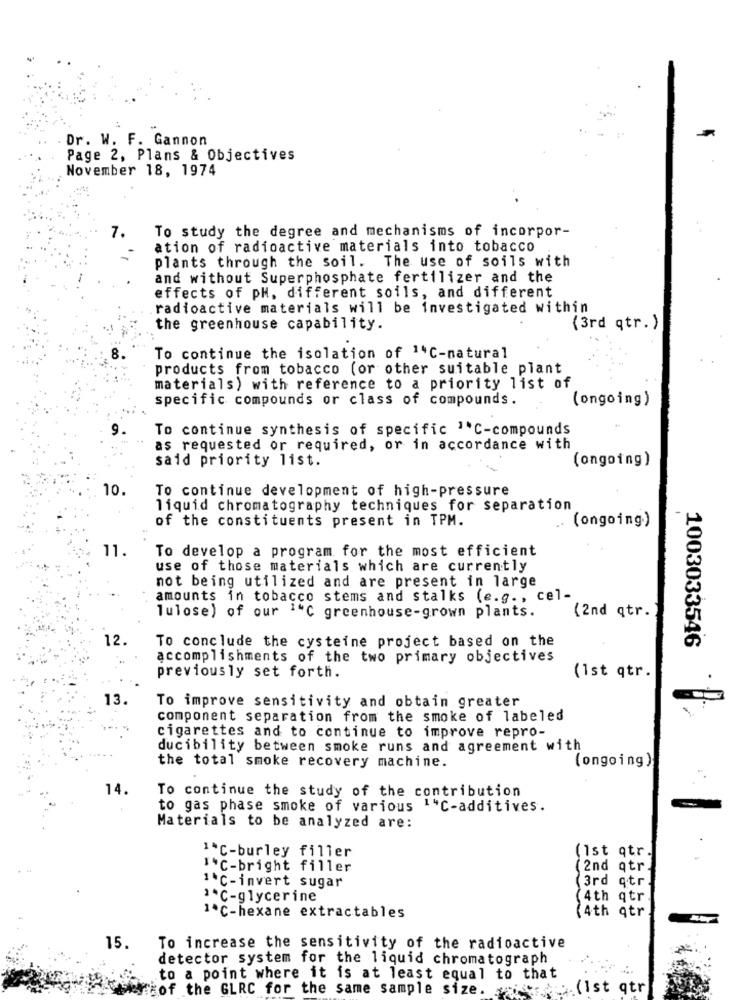
Dr. W. F. Gannon
Page 2, Plans & Objectives
November 18, 1974
7.
To study the degree and mechanisms of incorpor-
ation of radioactive materials into tobacco
plants through the soil. The use of soils with
and without Superphosphate fertilizer and the
effects of pH. different soils, and different
radioactive materials will be investigated within
the greenhouse capability.
(3rd qtr. )
To continue the isolation of 14℃-natural
products from tobacco (or other suitable plant
materials) with reference to a priority list of
specific compounds or class of compounds.
(ongoing)
9.
To continue synthesis of specific 1*℃-compounds
as requested or required, or in accordance with
said priority list.
(ongoing)
10
To continue development of high-pressure
liquid chromatography techniques for separation
of the constituents present in TPM.
.. (ongoing.)
11.
To develop a program for the most efficient
use of those materials which are currently
not being utilized and are present in large
amounts in tobacco stems and stalks (e.g ., cel-
(2nd qtr.)
lulose) of our 1"℃ greenhouse-grown plants.
12.
To conclude the cysteine project based on the
1003033546
accomplishments of the two primary objectives
(1st qtr.
previously set forth.
13.
To improve sensitivity and obtain greater
component separation from the smoke of labeled
cigarettes and to continue to improve repro-
ducibility between smoke runs and agreement with
(ongoing )
the total smoke recovery machine.
14.
To continue the study of the contribution
to gas phase smoke of various 14℃-additives.
Materials to be analyzed are:
(Ist qtr.
1*C-burley filler
"*C-bright filler
(2nd qtr.
(3rd qtr
1C-invert sugar
"*C-glycerine
(4th qtr
1ºC-hexane extractables
(4th qtr
15.
To increase the sensitivity of the radioactive
detector system for the liquid chromatograph
to a point where it is at least equal to that
cof the GLRC for the same sample size.
(Ist qtr